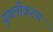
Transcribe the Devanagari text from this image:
युगलीकरण